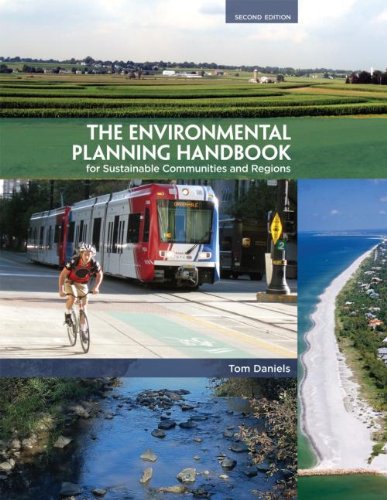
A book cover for The Environmental Planning Handbook for Sustainable Communities and Regions; Tom Daniels; Arts & Photography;